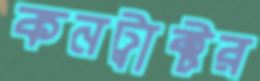
কনট্রাক্টর